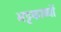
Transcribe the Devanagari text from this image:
भट्टकाव्यों